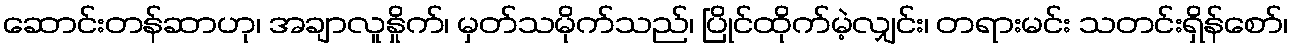
ဆောင်းတန်ဆာဟု၊ အချာလူနှိုက်၊ မှတ်သမိုက်သည်၊ ပြိုင်ထိုက်မဲ့လျှင်း၊ တရားမင်း သတင်းရှိန်စော်၊